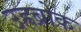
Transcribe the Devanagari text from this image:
उह्रब्रोक